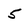
Character: 5